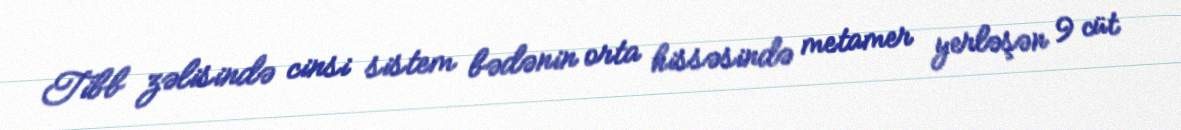
Tibb zəlisində cinsi sistem bədənin orta hissəsində metamer yerləşən 9 cüt